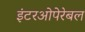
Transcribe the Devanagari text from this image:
इंटरओपेरेबल